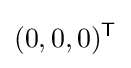
(0,0,0)^{\mathsf {T}}